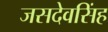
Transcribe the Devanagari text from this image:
जसदेवसिंह